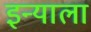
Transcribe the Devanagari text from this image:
इन्याला